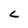
Character: C